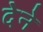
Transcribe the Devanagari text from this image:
देेने